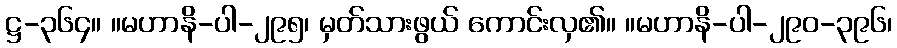
ဋ္ဌ-၃၆၄။ ။မဟာနိ-ပါ-၂၉၅၊ မှတ်သားဖွယ် ကောင်းလှ၏။ ။မဟာနိ-ပါ-၂၉၀-၃၉၆၊